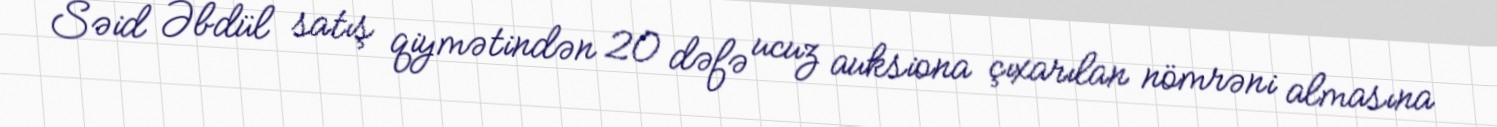
Səid Əbdül satış qiymətindən 20 dəfə ucuz auksiona çıxarılan nömrəni almasına